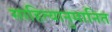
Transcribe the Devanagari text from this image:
साहित्यानुमानित